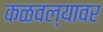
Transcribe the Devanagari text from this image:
कळवल्यावर